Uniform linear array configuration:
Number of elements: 8
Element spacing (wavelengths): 0.5
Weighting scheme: exponential
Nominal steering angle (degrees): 30
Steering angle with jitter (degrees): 29.42
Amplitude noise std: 0.05
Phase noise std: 0.05

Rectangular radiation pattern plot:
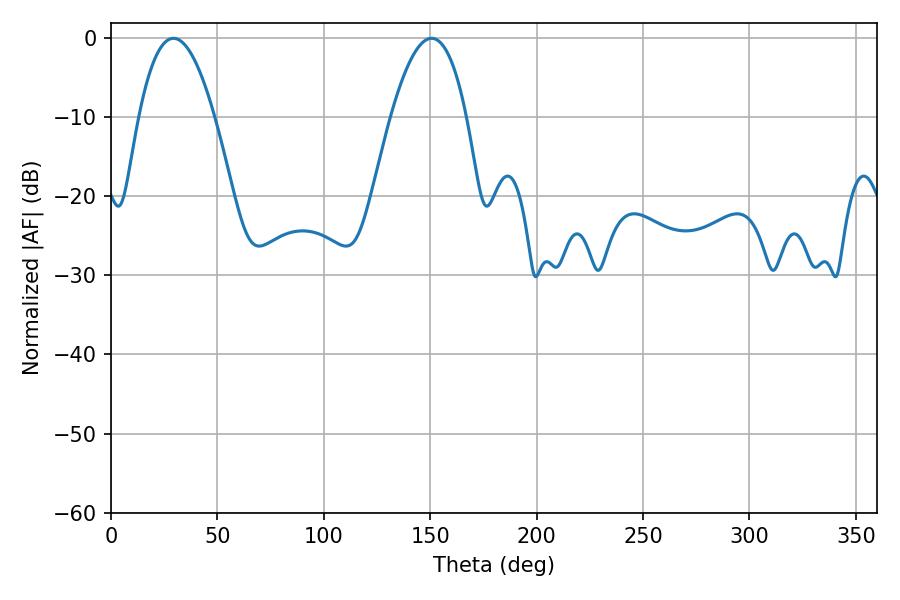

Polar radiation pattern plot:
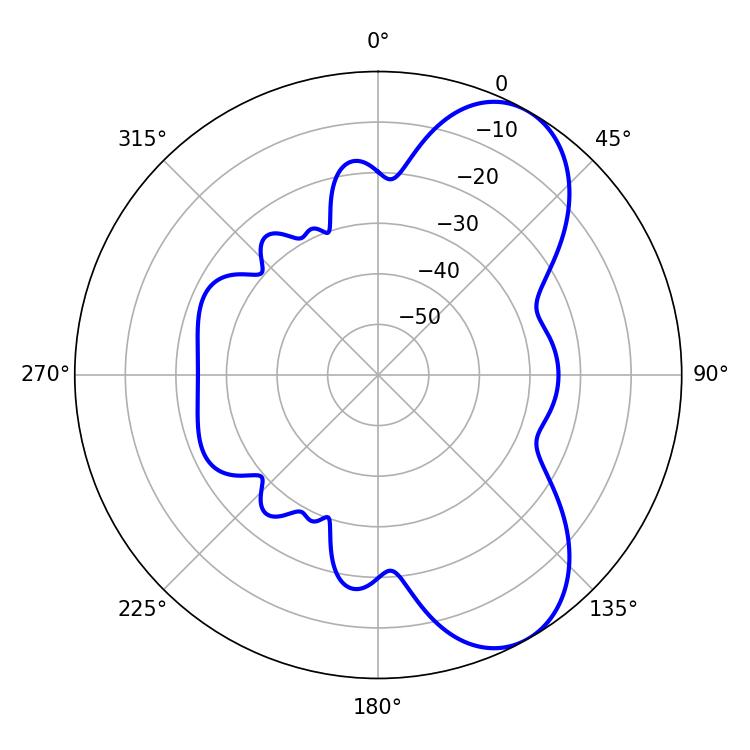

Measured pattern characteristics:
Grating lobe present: FALSE
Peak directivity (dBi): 7.428
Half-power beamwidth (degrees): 19.62
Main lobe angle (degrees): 29.34